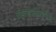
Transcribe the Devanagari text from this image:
चाइल्डसाइकोथेरेपिस्ट